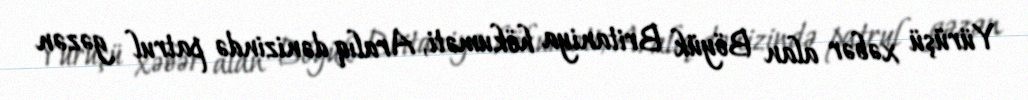
Yürüşü xəbər alan Böyük Britaniya hökuməti, Aralıq dənizində patrul gəzən